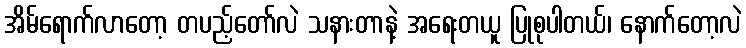
အိမ်ရောက်လာတော့ တပည့်တော်လဲ သနားတာနဲ့ အရေးတယူ ပြုစုပါတယ်၊ နောက်တော့လဲ